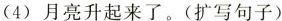
(4) 月亮升起来了。(扩写句子)